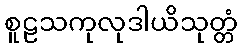
စူဠသကုလုဒါယိသုတ္တံ